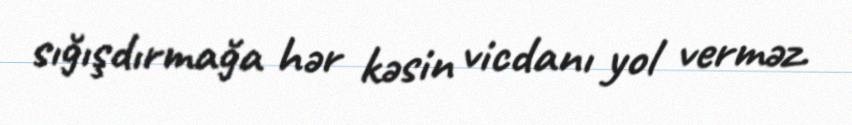
sığışdırmağa hər kəsin vicdanı yol verməz.